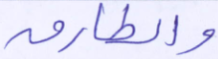
والطارق